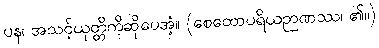
ပန၊ အသင့်ယုတ္တိကိုဆိုပေအံ့။ (စေတောပရိယဉာဏဿ၊ ၏။)